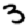
Digit: 3